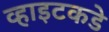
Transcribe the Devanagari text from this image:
व्हाइटकडे